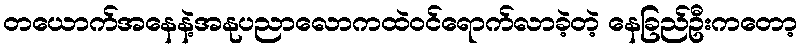
တယောက်အနေနဲ့အနုပညာလောကထဲဝင်ရောက်လာခဲ့တဲ့ နေခြည်ဦးကတော့